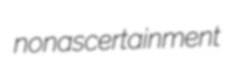
nonascertainment